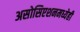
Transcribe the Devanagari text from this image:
असोसिएशनमध्येही